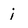
Character: i